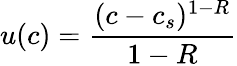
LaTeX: u(c)={\frac{(c-c_{s})^{1-R}}{1-R}}